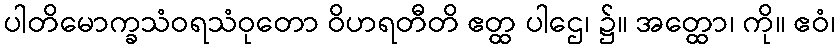
ပါတိမောက္ခသံဝရသံဝုတော ဝိဟရတီတိ ဧတ္ထ ပါဌေ၊ ၌။ အတ္ထော၊ ကို။ ဧဝံ၊